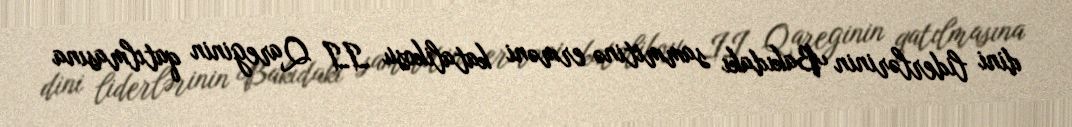
dini liderlərinin Bakıdakı sammitinə erməni katalikosu II Qareginin qatılmasına